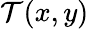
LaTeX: \mathcal{T}(x,y)